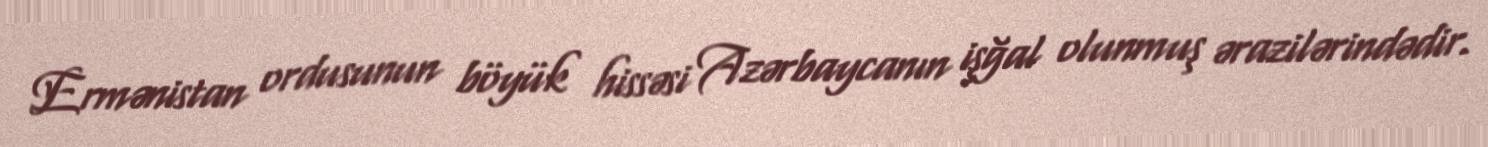
Ermənistan ordusunun böyük hissəsi Azərbaycanın işğal olunmuş ərazilərindədir.